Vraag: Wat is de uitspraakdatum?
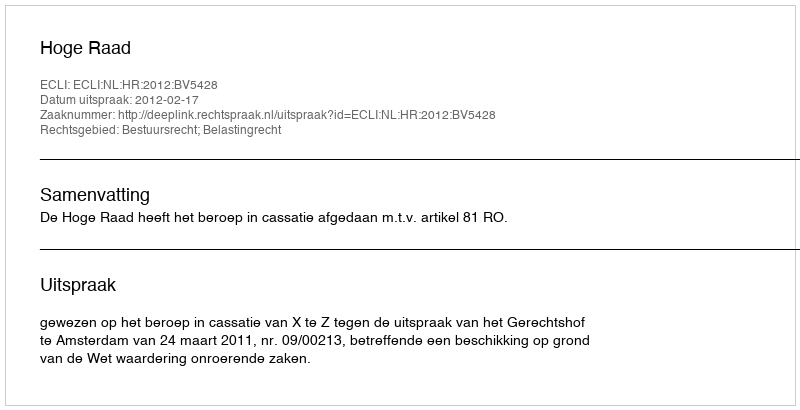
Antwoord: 2012-02-17